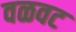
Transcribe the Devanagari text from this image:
वळवट